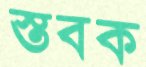
স্তবক